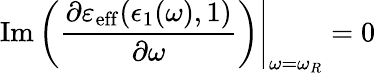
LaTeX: \left.\operatorname{Im}\bigg(\frac{\partial\varepsilon_{\mathrm{eff}}(\epsilon_{1}(\omega),1)}{\partial\omega}\bigg)\right\vert_{\omega=\omega_{R}}=0